Anatomy and histology of ticks - Number 23
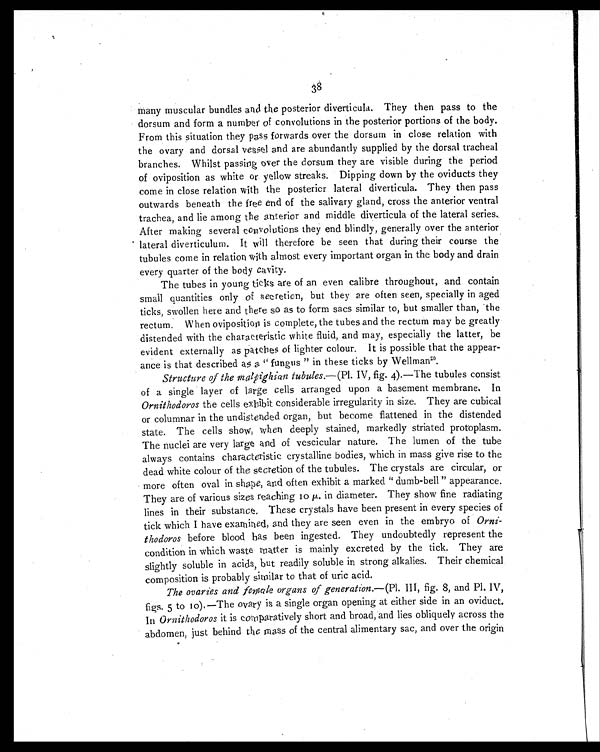
38
many muscular bundles and the posterior diverticula. They then pass to the
dorsum and form a number of convolutions in the posterior portions of the body.
From this situation they pass forwards over the dorsum in close relation with
the ovary and dorsal vessel and are abundantly supplied by the dorsal tracheal
branches. Whilst passing over the dorsum they are visible during the period
of oviposition as white or yellow streaks. Dipping down by the oviducts they
come in close relation with the posterior lateral diverticula. They then pass
outwards beneath the free end of the salivary gland, cross the anterior ventral
trachea, and lie among the anterior and middle diverticula of the lateral series.
After making several convolutions they end blindly, generally over the anterior
lateral diverticulum. It will therefore be seen that during their course the
tubules come in relation with almost every important organ in the body and drain
every quarter of the body cavity.
The tubes in young ticks are of an even calibre throughout, and contain
small quantities only of secretion, but they are often seen, specially in aged
ticks, swollen here and there so as to form sacs similar to, but smaller than, the
rectum. When oviposition is complete, the tubes and the rectum may be greatly
distended with the characteristic white fluid, and may, especially the latter, be
evident externally as patches of lighter colour. It is possible that the appear-
ance is that described as a " fungus " in these ticks by Wellman20.
Structure of the malpighian tubules. —(Pl. IV, fig. 4).—The tubules consist
of a single layer of large cells arranged upon a basement membrane. In
Ornithodoros the cells exhibit considerable irregularity in size. They are cubical
or columnar in the undistended organ, but become flattened in the distended
state. The cells show, when deeply stained, markedly striated protoplasm.
The nuclei are very large and of vescicular nature. The lumen of the tube
always contains characteristic crystalline bodies, which in mass give rise to the
dead white colour of the secretion of the tubules. The crystals are circular, or
more often oval in shape, and often exhibit a marked " dumb-bell " appearance.
They are of various sizes reaching 10 µ. in diameter. They show fine radiating
lines in their substance. These crystals have been present in every species of
tick which I have examined, and they are seen even in the embryo of Orni-
thodoros before blood has been ingested. They undoubtedly represent the
condition in which waste matter is mainly excreted by the tick. They are
slightly soluble in acids, but readily soluble in strong alkalies. Their chemical
composition is probably similar to that of uric acid.
The ovaries and female organs of generation. —(Pl. III, fig. 8, and Pl. IV,
figs. 5 to 10).—The ovary is a single organ opening at either side in an oviduct.
In Ornithodoros it is comparatively short and broad, and lies obliquely across the
abdomen, just behind the mass of the central alimentary sac, and over the origin